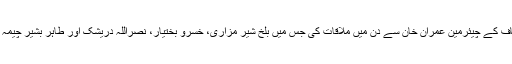
جنوبی پنجاب محاذ کی قیادت نے بنی گالہ میں تحریک انصاف کے چیئرمین عمران خان سے دن میں ملاقات کی جس میں بلخ شیر مزاری، خسرو بختیار، نصراللہ دریشک اور طاہر بشیر چیمہ کے علاوہ جہانگیر ترین اور فواد چوہدری بھی موجود تھے۔